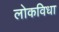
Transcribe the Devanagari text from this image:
लोकविधा